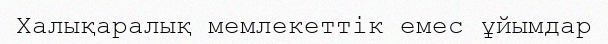
Халықаралық мемлекеттік емес ұйымдар